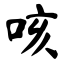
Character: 咳